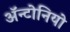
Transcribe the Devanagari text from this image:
ॲन्टोनियो